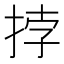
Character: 挬